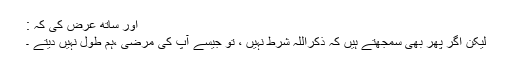
اور ساتھ عرض کی کہ :
لیکن اگر پھر بھی سمجھتے ہیں کہ ذکراللہ شرط نہیں ، تو جیسے آپ کی مرضی ،ہم طول نہیں دیتے ۔